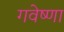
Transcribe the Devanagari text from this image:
गवेष्णा